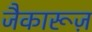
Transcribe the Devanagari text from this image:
जैकारूज़